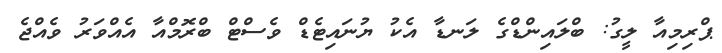
ޕްރިމިއާ ލީގު: ބްލައިންޑްގެ ލަނޑާ އެކު ޔުނައިޓެޑް ވެސްޓް ބްރޮމްއާ އެއްވަރު ވެއްޖެ